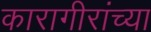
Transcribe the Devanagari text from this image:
कारागीरांच्या